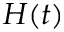
H ( t )